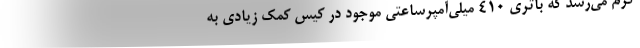
گرم می‌رسد که باتری ۴۱۰ میلی‌آمپرساعتی موجود در کیس کمک زیادی به